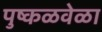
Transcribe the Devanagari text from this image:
पुष्कळवेळा